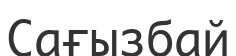
Сағызбай